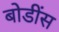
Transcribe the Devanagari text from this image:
बोडींस